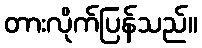
တားလိုက်ပြန်သည်။